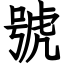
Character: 號